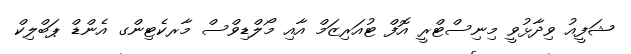
ޝަފީއު ވިދާޅުވީ މިނިސްޓްރީ އޮފް ޓުއަރިޒަމް އާއި މޯލްޑިވްސް މާރކެޓިންގ އެންޑް ޕަބްލިކް